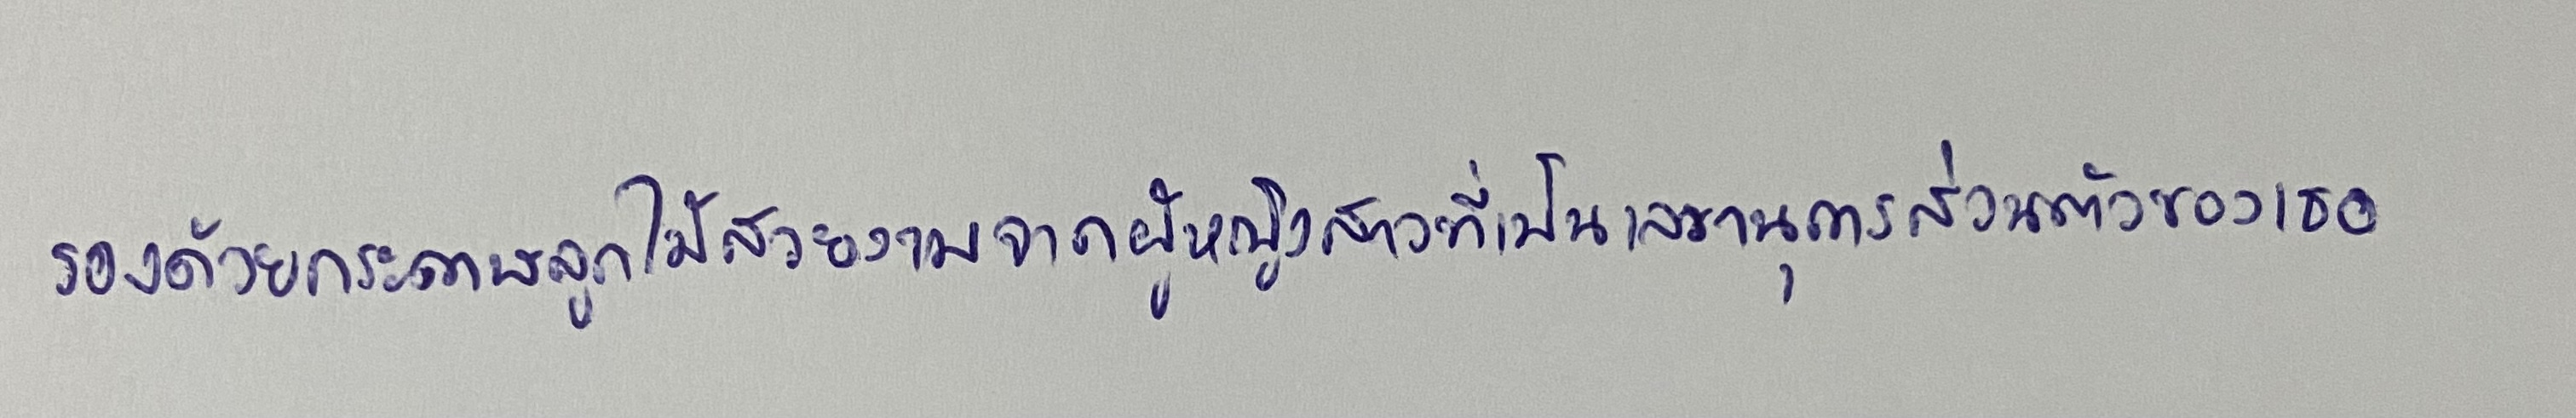
รองด้วยกระดาษลูกไม้สวยงามจากผู้หญิงสาวที่เป็นเลขานุการส่วนตัวของเธอ